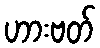
ဟားဗတ်